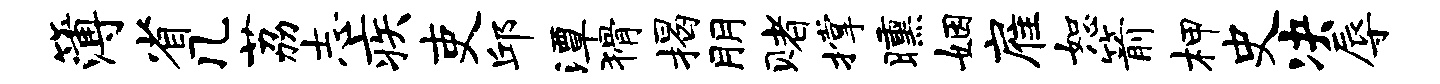
簿省几荔志疾吏邱潭猾揭朋赌撑曛姻雇恕箭柙史决辱